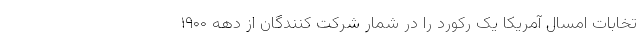
تخابات امسال آمریکا یک رکورد را در شمار شرکت کنندگان از دهه ۱۹۰۰